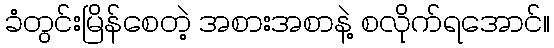
ခံတွင်းမြိန်စေတဲ့ အစားအစာနဲ့ စလိုက်ရအောင်။